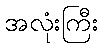
အလုံးကြီး